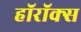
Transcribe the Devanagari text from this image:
हॉरॉक्स